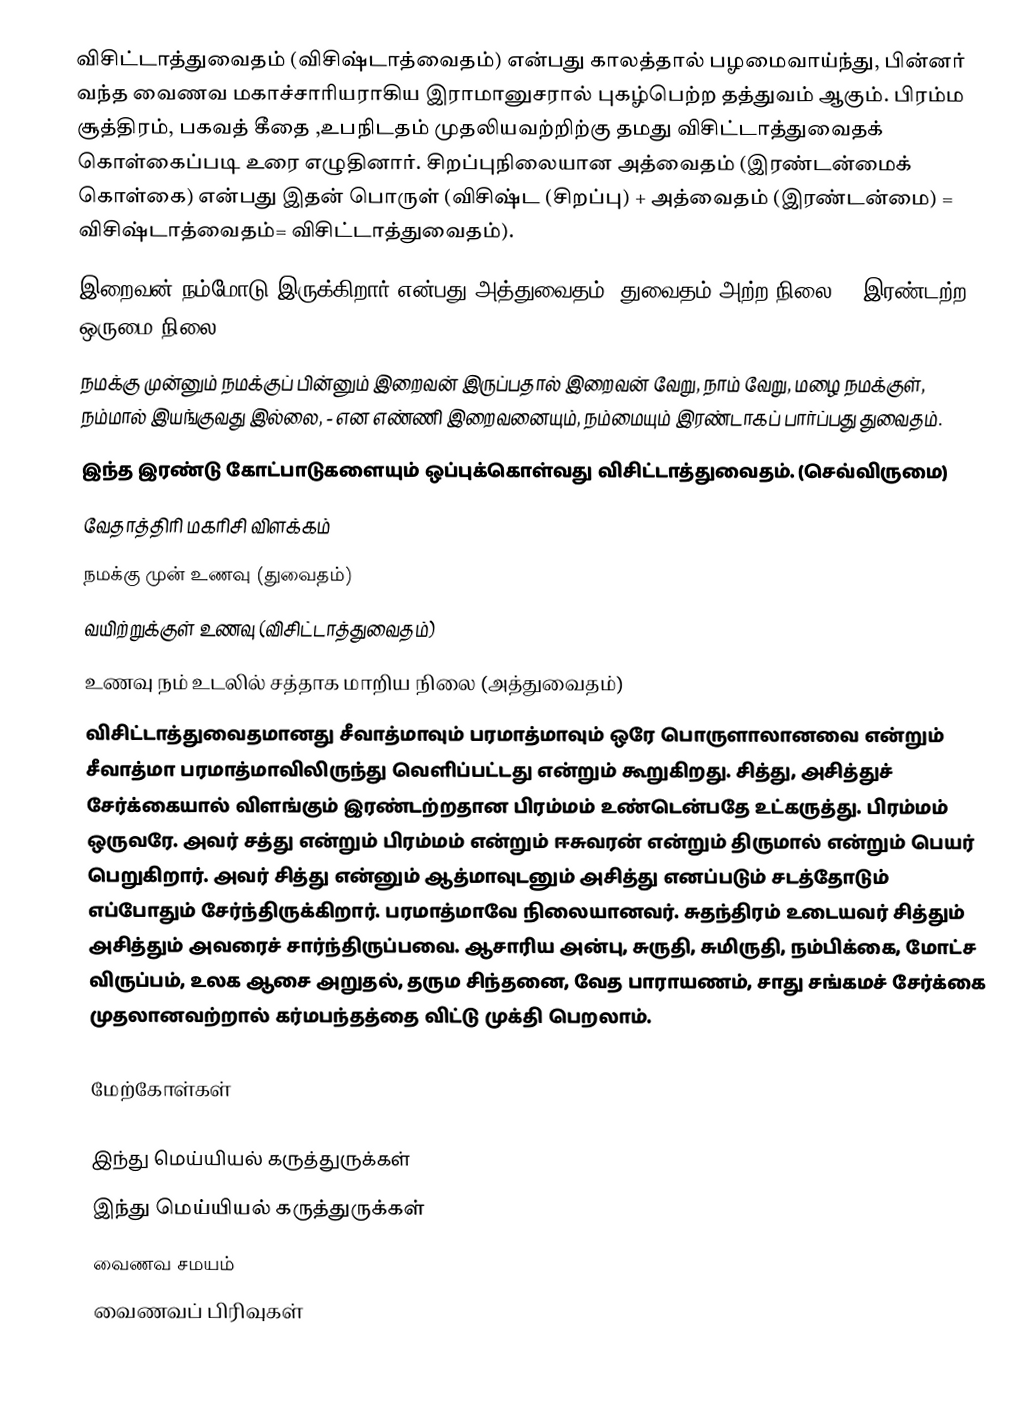
விசிட்டாத்துவைதம் (விசிஷ்டாத்வைதம்) என்பது காலத்தால் பழமைவாய்ந்து, பின்னர் வந்த வைணவ மகாச்சாரியராகிய இராமானுசரால் புகழ்பெற்ற தத்துவம் ஆகும். பிரம்ம சூத்திரம், பகவத் கீதை ,உபநிடதம் முதலியவற்றிற்கு தமது விசிட்டாத்துவைதக் கொள்கைப்படி உரை எழுதினார். சிறப்புநிலையான அத்வைதம் (இரண்டன்மைக் கொள்கை) என்பது இதன் பொருள் (விசிஷ்ட (சிறப்பு) + அத்வைதம் (இரண்டன்மை) = விசிஷ்டாத்வைதம்= விசிட்டாத்துவைதம்).
 இறைவன் நம்மோடு இருக்கிறார் என்பது அத்துவைதம் (துவைதம் அற்ற நிலை), (இரண்டற்ற ஒருமை நிலை)
 நமக்கு முன்னும் நமக்குப் பின்னும் இறைவன் இருப்பதால் இறைவன் வேறு, நாம் வேறு, மழை நமக்குள், நம்மால் இயங்குவது இல்லை, - என எண்ணி இறைவனையும், நம்மையும் இரண்டாகப் பார்ப்பது துவைதம்.
 இந்த இரண்டு கோட்பாடுகளையும் ஒப்புக்கொள்வது விசிட்டாத்துவைதம். (செவ்விருமை)
வேதாத்திரி மகரிசி விளக்கம்
 நமக்கு முன் உணவு (துவைதம்)
 வயிற்றுக்குள் உணவு (விசிட்டாத்துவைதம்)
 உணவு நம் உடலில் சத்தாக மாறிய நிலை (அத்துவைதம்)
விசிட்டாத்துவைதமானது சீவாத்மாவும் பரமாத்மாவும் ஒரே பொருளாலானவை என்றும் சீவாத்மா பரமாத்மாவிலிருந்து வெளிப்பட்டது என்றும் கூறுகிறது. சித்து, அசித்துச் சேர்க்கையால் விளங்கும் இரண்டற்றதான பிரம்மம் உண்டென்பதே உட்கருத்து. பிரம்மம் ஒருவரே. அவர் சத்து என்றும் பிரம்மம் என்றும் ஈசுவரன் என்றும் திருமால் என்றும் பெயர் பெறுகிறார். அவர் சித்து என்னும் ஆத்மாவுடனும் அசித்து எனப்படும் சடத்தோடும் எப்போதும் சேர்ந்திருக்கிறார். பரமாத்மாவே நிலையானவர். சுதந்திரம் உடையவர் சித்தும் அசித்தும் அவரைச் சார்ந்திருப்பவை. ஆசாரிய அன்பு, சுருதி, சுமிருதி, நம்பிக்கை, மோட்ச விருப்பம், உலக ஆசை அறுதல், தரும சிந்தனை, வேத பாராயணம், சாது சங்கமச் சேர்க்கை முதலானவற்றால் கர்மபந்தத்தை விட்டு முக்தி பெறலாம்.

மேற்கோள்கள்

இந்து மெய்யியல் கருத்துருக்கள்
இந்து மெய்யியல் கருத்துருக்கள்
வைணவ சமயம்
வைணவப் பிரிவுகள்